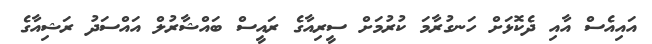
އައިއެސް އާއި ދެކޮޅަށް ހަނގުރާމަ ކުރުމަށް ސީރިއާގެ ރައީސް ބައްޝާރުލް އައްސަދު ރަޝިއާގެ